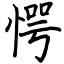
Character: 愕